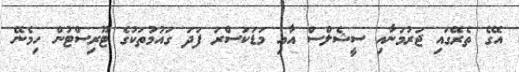
އޭގެ ތެރޭގައި ޖަރުމަނާއި ސީޝެލްސް އާއި މަޑަކަސްރަ ފަދަ ގައުމުތަކުގެ ޓޫރިސްޓުން ހިމެނޭ